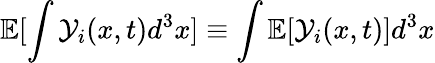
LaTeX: \mathbb{E}[\int\mathcal{Y}_{i}(x,t)d^{3}x]\equiv\int\mathbb{E}[\mathcal{Y}_{i}(x,t)]d^{3}x